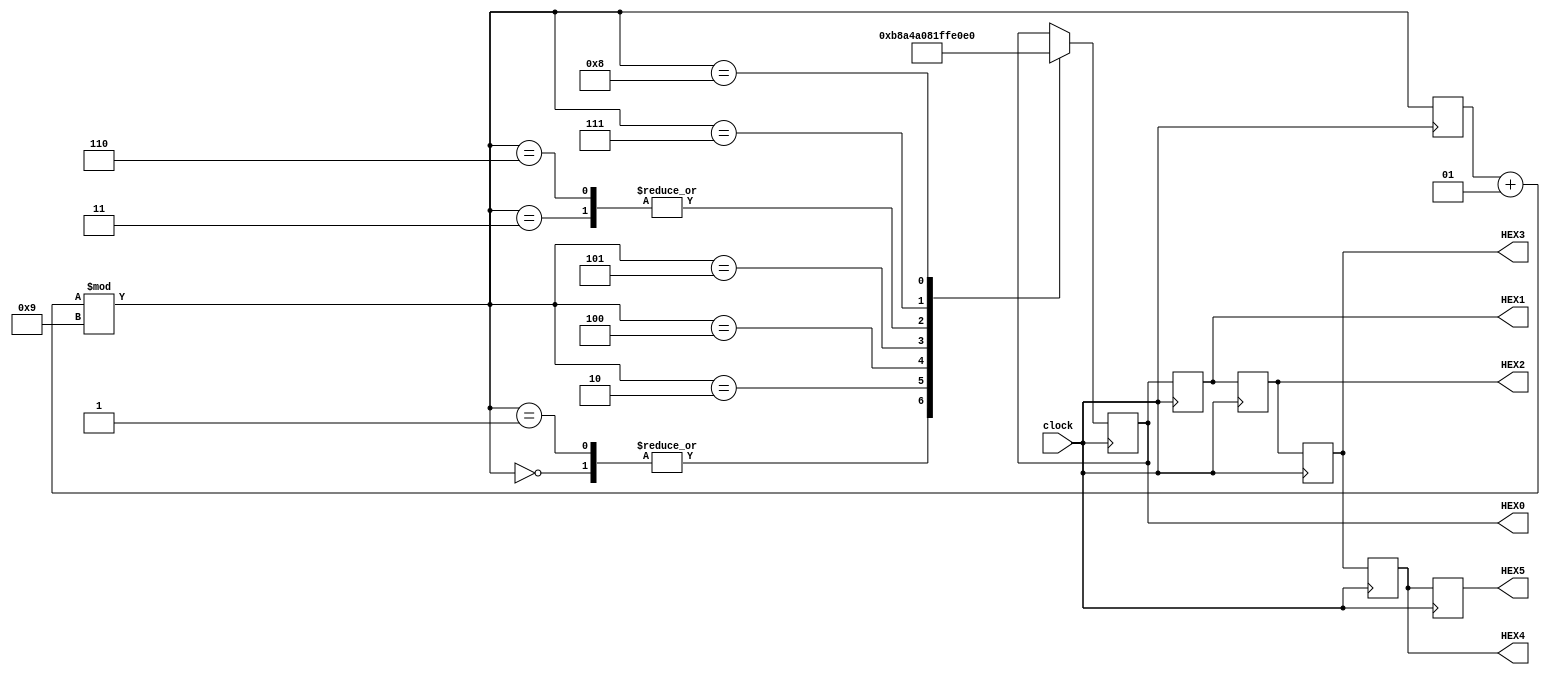
//Alex Johnson April 2018
//Module to Scroll "Go Buffs" across given seven segment displays
module go_buffs(input clock,
					 output reg [7:0]HEX0, output reg [7:0]HEX1, output reg [7:0]HEX2, output reg [7:0]HEX3, output reg [7:0]HEX4, output reg [7:0]HEX5);
	//create constants for the different characters that need to be displayed
	parameter g_HEX = ~(8'b01011111);
	parameter O_HEX = ~(8'b01111110);
	parameter space_HEX = ~(8'b00000000);
	parameter b_HEX = ~(8'b00011111);
	parameter u_HEX = ~(8'b00011100);
	parameter f_HEX = ~(8'b01000111);
	parameter s_HEX = ~(8'b01011011);
	
	initial HEX5 = g_HEX;
	initial HEX4 = O_HEX;
	initial HEX3 = space_HEX;
	initial HEX2 = b_HEX;
	initial HEX1 = u_HEX;
	initial HEX0 = f_HEX;
	
	integer state;
	initial state = 0;
	always@(posedge clock)
	begin
		state = (state + 1) % 9;
		HEX5 = HEX4;
		HEX4 = HEX3;
		HEX3 = HEX2;
		HEX2 = HEX1;
		HEX1 = HEX0;
		case(state)
			0: HEX0 = f_HEX;
			1: HEX0 = f_HEX;
			2: HEX0 = s_HEX;
			3: HEX0 = space_HEX;
			4: HEX0 = g_HEX;
			5: HEX0 = O_HEX;
			6: HEX0 = space_HEX;
			7: HEX0 = b_HEX;
			8: HEX0 = u_HEX;
		endcase
	end
endmodule